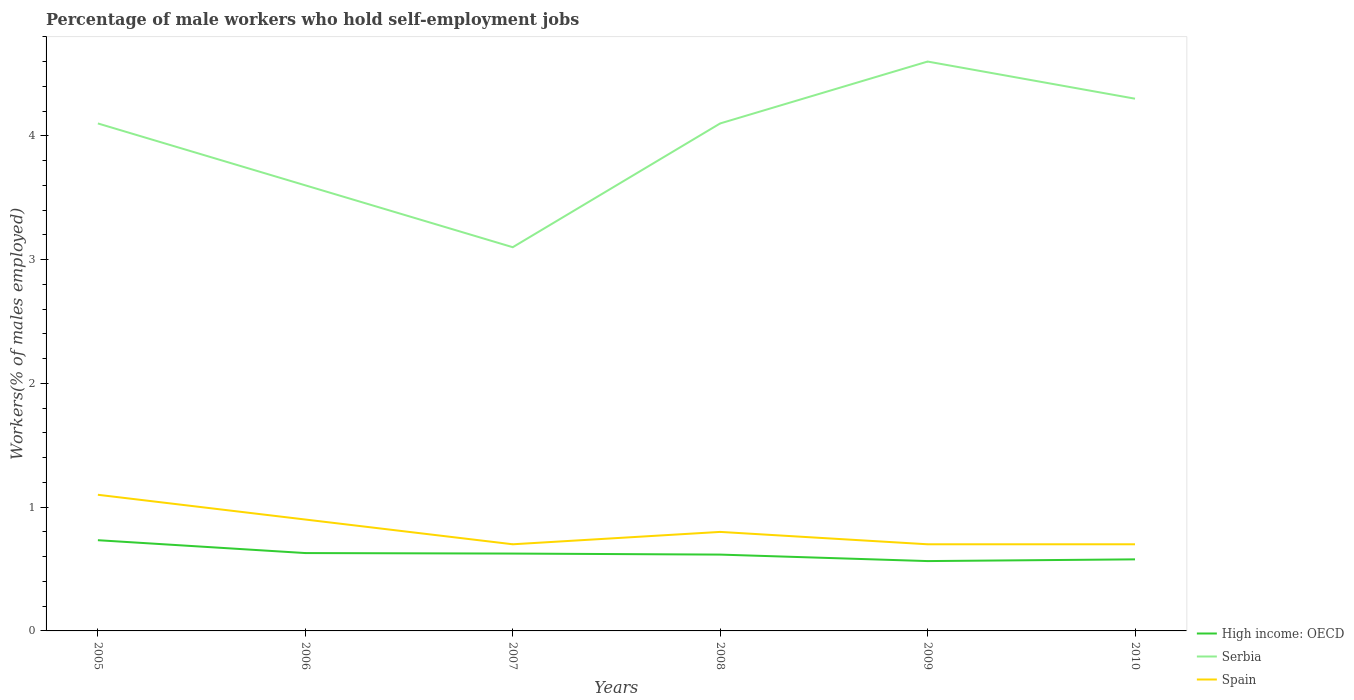
| Years | High income: OECD | Serbia | Spain |
 | --- | --- | --- | --- |
 | 2005 | 0.733 | 4.1 | 1.1 |
 | 2006 | 0.629 | 3.6 | 0.9 |
 | 2007 | 0.625 | 3.1 | 0.7 |
 | 2008 | 0.617 | 4.1 | 0.8 |
 | 2009 | 0.564 | 4.6 | 0.7 |
 | 2010 | 0.578 | 4.3 | 0.7 |